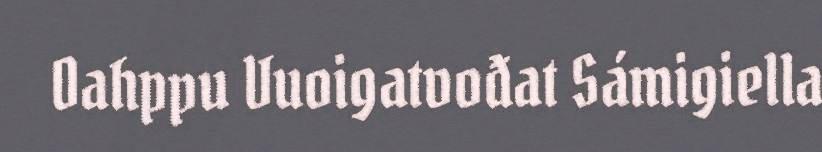
Oahppu Vuoigatvođat Sámigiella